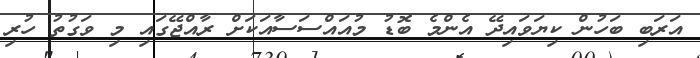
އަރަބި ބަހުން ކިޔަވައިދޭ އެންމެ ބޮޑު މުއައްސަސާއަކަށް ރާއްޖޭގައި މި ވަގުތު ހުރި